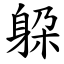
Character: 躱